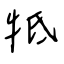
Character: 牴